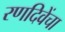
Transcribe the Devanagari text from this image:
रणदिवेंचा